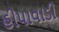
હીપાવાડી